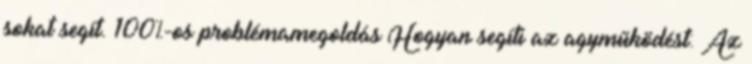
sokat segít. 100%-os problémamegoldás Hogyan segíti az agyműködést: Az